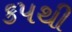
કપથી